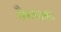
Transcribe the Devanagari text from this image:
सैकण्दका